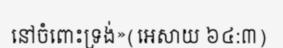
នៅចំពោះទ្រង់»(អេសាយ ៦៤:៣)